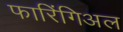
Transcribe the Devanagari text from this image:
फारिंगिअल